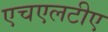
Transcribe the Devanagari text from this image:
एचएलटीए